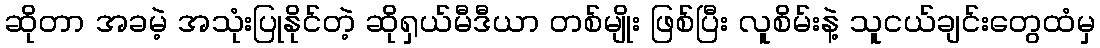
ဆိုတာ အခမဲ့ အသုံးပြုနိုင်တဲ့ ဆိုရှယ်မီဒီယာ တစ်မျိုး ဖြစ်ပြီး လူစိမ်းနဲ့ သူငယ်ချင်းတွေထံမှ